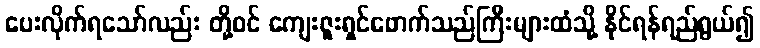
ပေးလိုက်ရသော်လည်း တို့ဝင် ကျေးဇူးရှင်ဖောက်သည်ကြီးများထံသို့ နိုင်ရန်ရည်ရွယ်၍